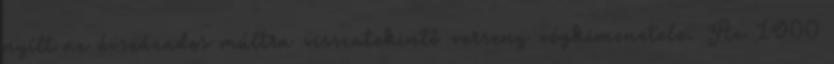
nyílt az évszázados múltra visszatekintő verseny végkimenetele. Az 1900